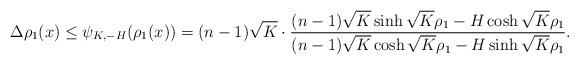
LaTeX: \begin{align*}\Delta \rho_1(x) \leq \psi_{K,-H} (\rho_1(x))= (n-1)\sqrt K\cdot\frac{(n-1)\sqrt K\sinh\sqrt K\rho_1 -H\cosh\sqrt K\rho_1}{(n-1)\sqrt K\cosh\sqrt K\rho_1 -H\sinh\sqrt K\rho_1}.\end{align*}